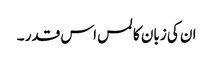
ان کی زبان کا لمس اس قدر ۔